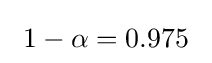
\ 1-\alpha =0.975~